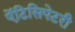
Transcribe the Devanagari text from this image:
ऐंटिसिपेटरी